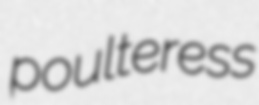
poulteress